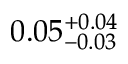
0 . 0 5 _ { - 0 . 0 3 } ^ { + 0 . 0 4 }